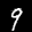
Label: 9